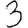
Digit: 3